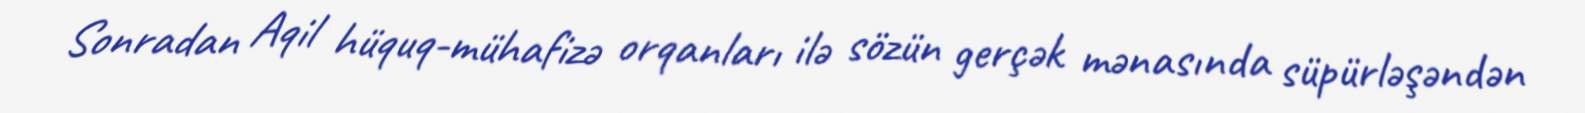
Sonradan Aqil hüquq-mühafizə orqanları ilə sözün gerçək mənasında süpürləşəndən